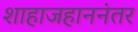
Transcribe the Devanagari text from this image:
शाहाजहाननंतर